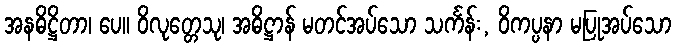
အနဓိဋ္ဌိတာ၊ ပေ။ ဝိလုတ္တေသု၊ အဓိဋ္ဌာန် မတင်အပ်သော သင်္ကန်း, ဝိကပ္ပနာ မပြုအပ်သော